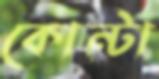
কোন্টা